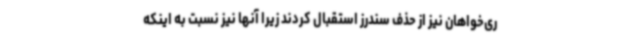
ری‌خواهان نیز از حذف سندرز استقبال کردند زیرا آنها نیز نسبت به اینکه